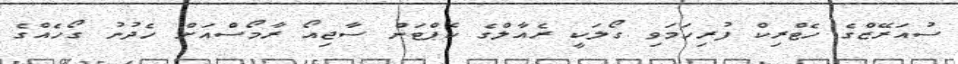
ސުއަރޭޒްގެ ހެޓްރިކް ފުރިހަމަވި ގޯލަކީ ރެއާލްގެ ކެޕްޓަން ސާޖިއޯ ރާމޯސްއަށް ހެދުނު ގޯހެއްގެ